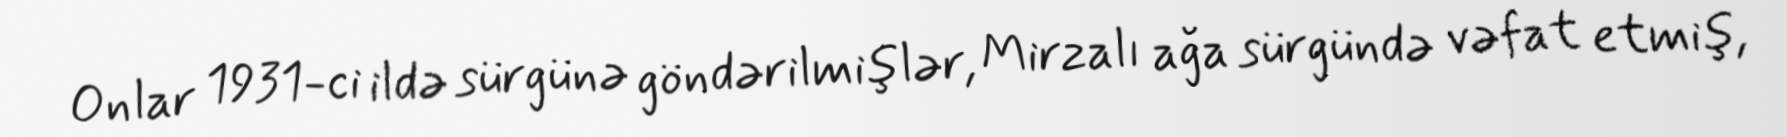
Onlar 1931-ci ildə sürgünə göndərilmişlər, Mirzalı ağa sürgündə vəfat etmiş,